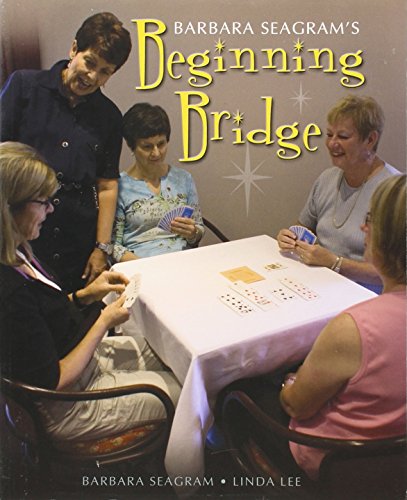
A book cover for Beginning Bridge; Barbara Seagram; Humor & Entertainment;